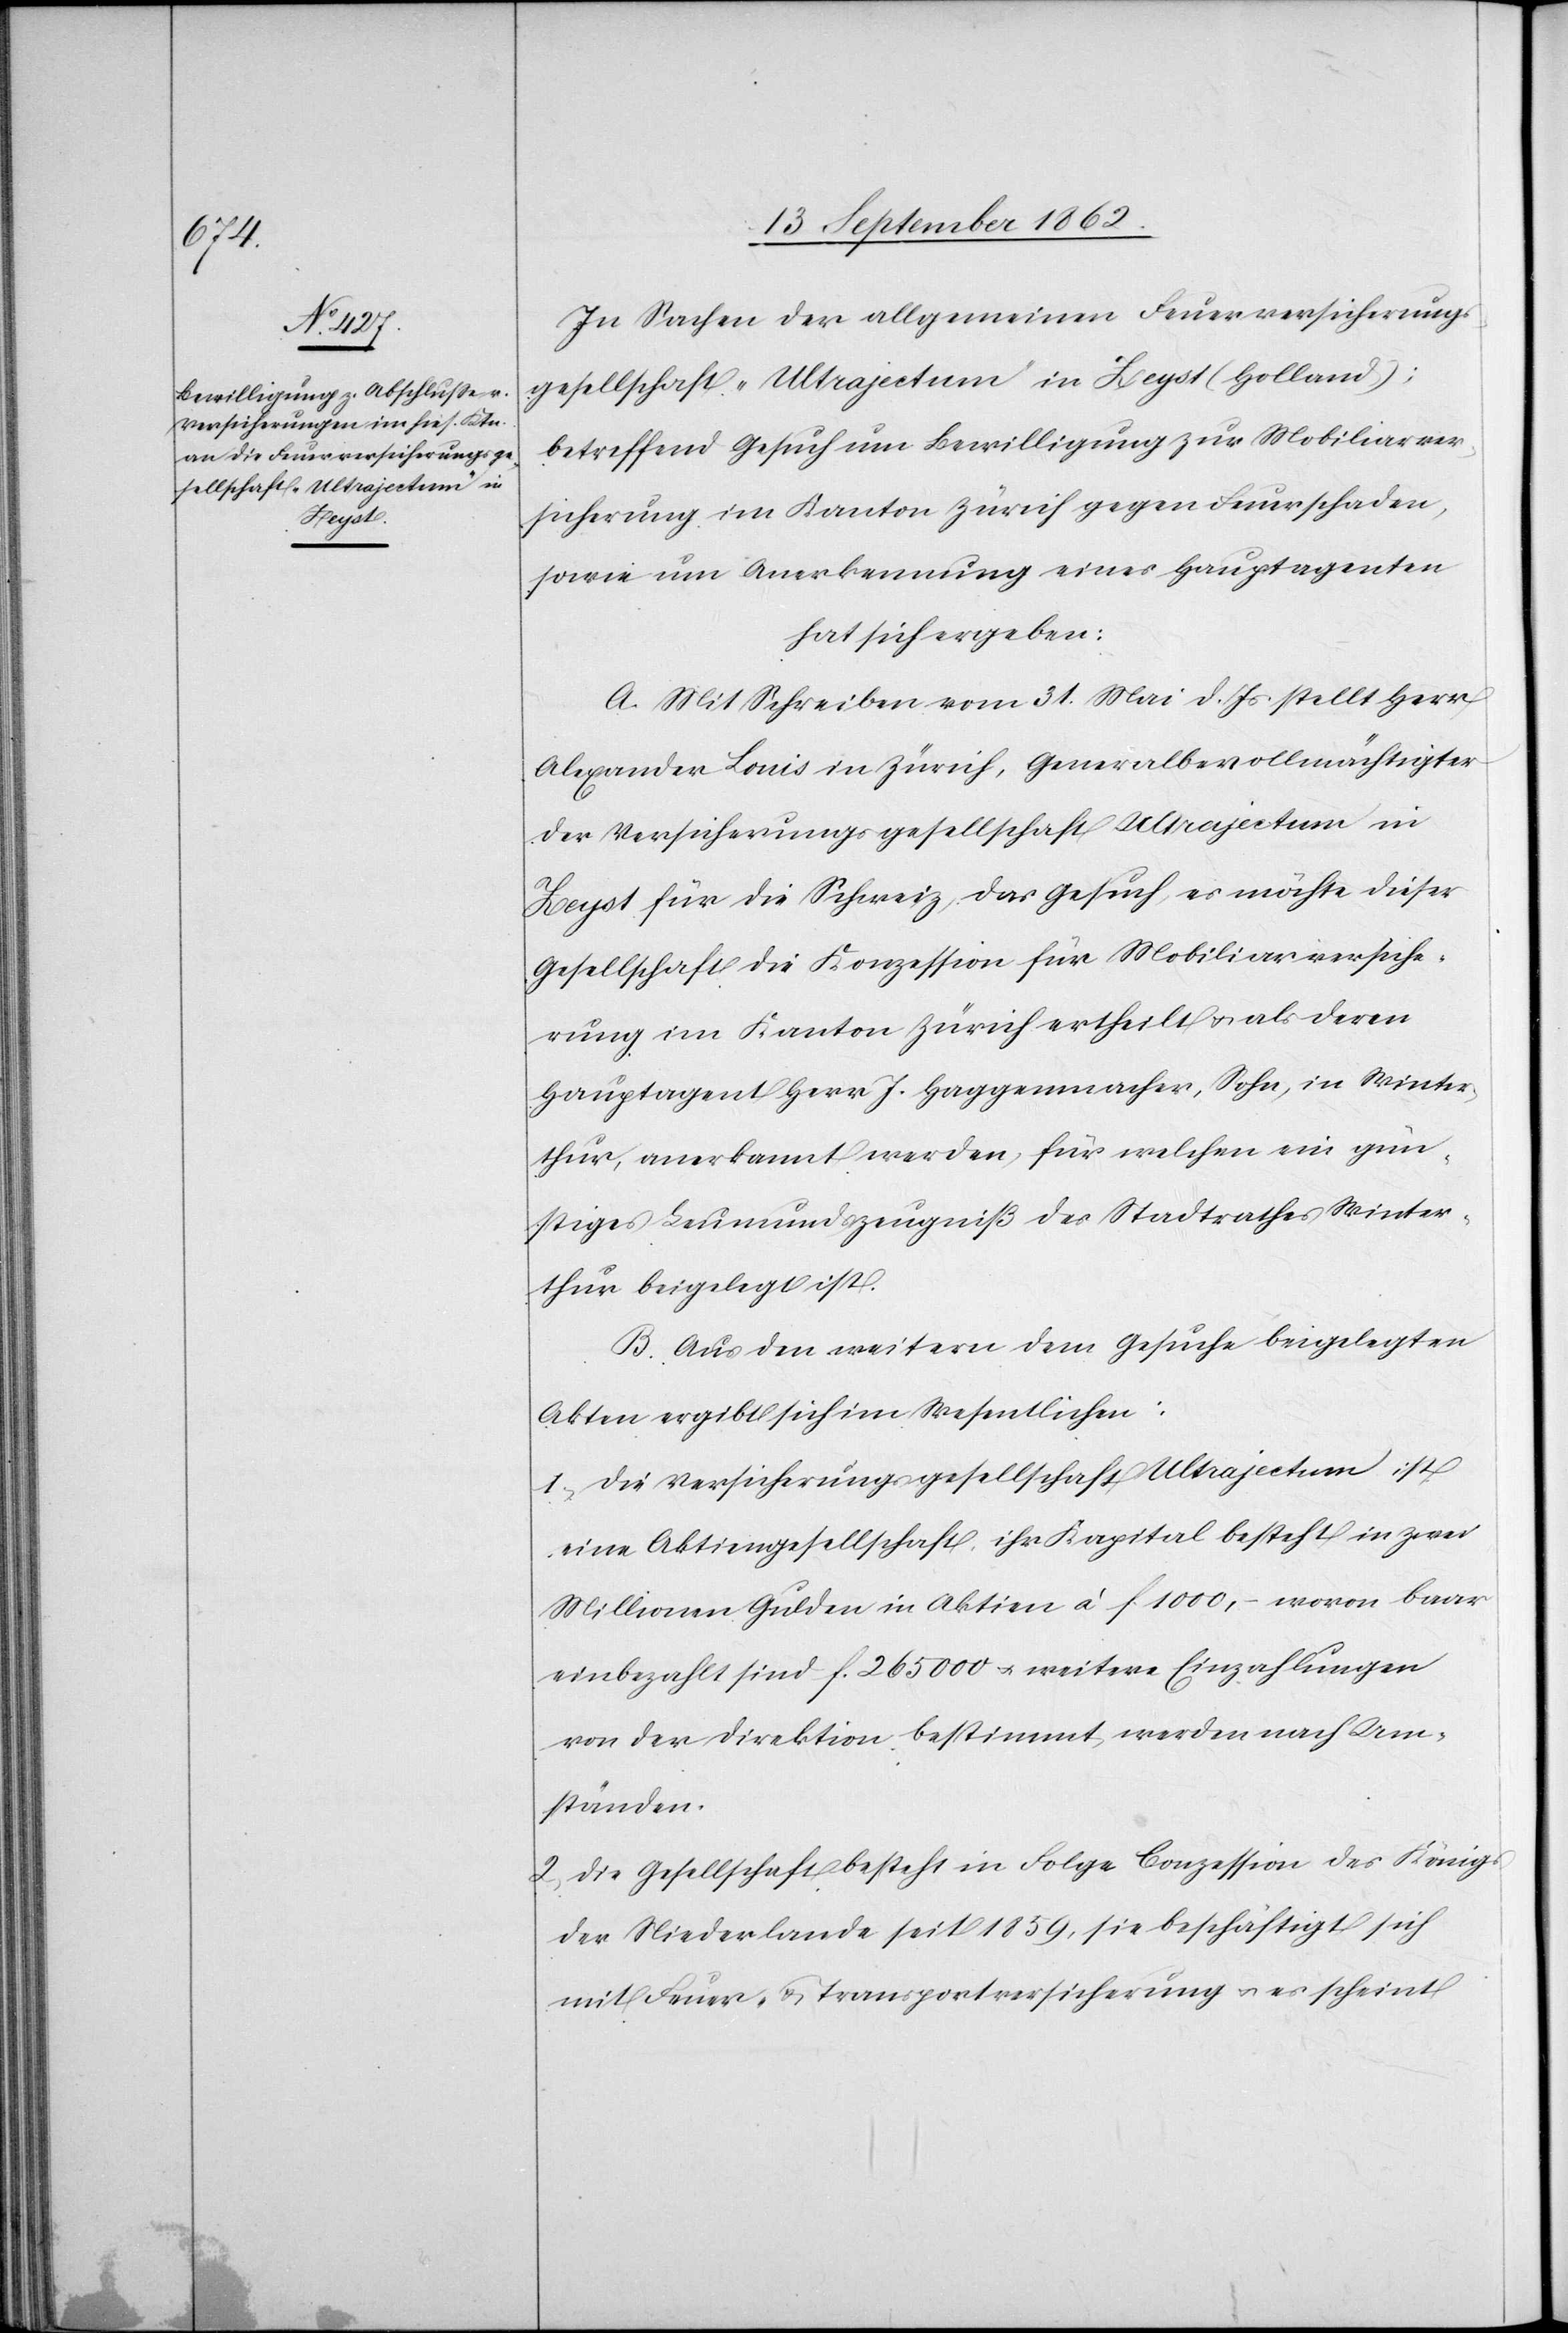
In Sachen der allgemeinen Feuerversicherungs¬
gesellschaft „Ultrajectum“ in Zeyst (Holland);
betreffend Gesuch um Bewilligung zur Mobiliarver¬
sicherung im Kanton Zürich gegen Feuerschaden,
sowie um Anerkennung eines Hauptagenten
hat sich ergeben:
A. Mit Schreiben vom 31. Mai d. Js. stellt Herr
Alexander Louis in Zürich, Generalbevollmächtigter
der Versicherungsgesellschaft Ultrajectum in
Zeyst für die Schweiz das Gesuch, es möchte dieser
Gesellschaft die Konzession für Mobiliarversiche¬
rung im Kanton Zürich ertheilt u. als deren
Hauptagent Herr J. Haggenmacher, Sohn, in Winter¬
thur, anerkannt werde, für welchen ein gün¬
stiges Leumundszeugniß des Stadtrathes Winter¬
thur beigelegt ist.
B. Aus den weitern dem Gesuche beigelegten
Akten ergibt sich im Wesentlichen:
1. Die Versicherungsgesellschaft Ultrajectum ist
eine Aktiengesellschaft, ihr Kapital besteht in zwei
Millionen Gulden in Aktiven à f. 1000,- wovon baar
einbezahlt sind f. 265 000 u. weitere Einzahlungen
von der Direktion bestimmt, werden nach Um¬
ständen.
2. Die Gesellschaft besteht in Folge Conzession des Königs
der Niederlande seit 1859, sie beschäftigt sich
mit Feuer- u. Transportversicherung u. es scheint